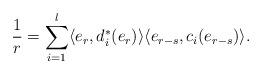
LaTeX: \begin{align*} \frac{1}{r}=\sum_{i=1}^l \langle e_r,d_i^*(e_r)\rangle\langle e_{r-s},c_i(e_{r-s})\rangle.\end{align*}